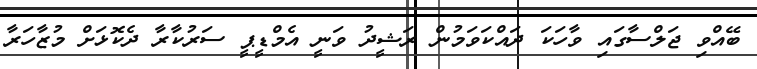
ބޭއްވި ޖަލްސާގައި ވާހަކަ ދައްކަވަމުން ރަޝީދު ވަނީ އެމްޑީޕީ ސަރުކާރާ ދެކޮޅަށް މުޒާހަރާ